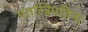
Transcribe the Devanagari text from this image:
पतत्त्रिपतिना